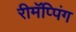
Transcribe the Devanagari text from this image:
रीमॅप्पिंग